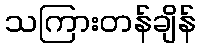
သကြားတန်ချိန်